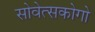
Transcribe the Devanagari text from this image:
सोवेत्सकोगो